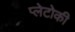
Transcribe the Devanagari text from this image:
प्लेटोकी